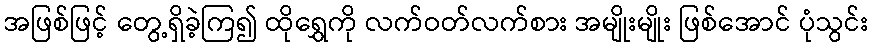
အဖြစ်ဖြင့် တွေ့ရှိခဲ့ကြ၍ ထိုရွှေကို လက်ဝတ်လက်စား အမျိုးမျိုး ဖြစ်အောင် ပုံသွင်း